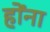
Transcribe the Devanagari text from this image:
होंना